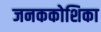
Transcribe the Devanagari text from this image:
जनककोशिका